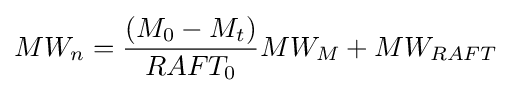
MW_{n}={\frac {(M_{0}-M_{t})}{RAFT_{0}}}MW_{M}+MW_{RAFT}